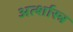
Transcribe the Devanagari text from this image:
अर्त्शास्त्र